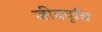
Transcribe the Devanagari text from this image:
जीववृत्ति